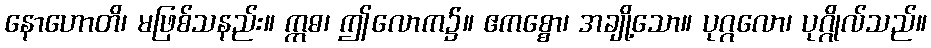
နောဟောတိ၊ မဖြစ်သနည်း။ ဣဓ၊ ဤလောက၌။ ဧကစ္စော၊ အချို့သော။ ပုဂ္ဂလော၊ ပုဂ္ဂိုလ်သည်။